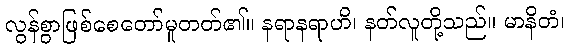
လွန်စွာဖြစ်စေတော်မူတတ်၏။ နရာနရာဟိ၊ နတ်လူတို့သည်။ မာနိတံ၊